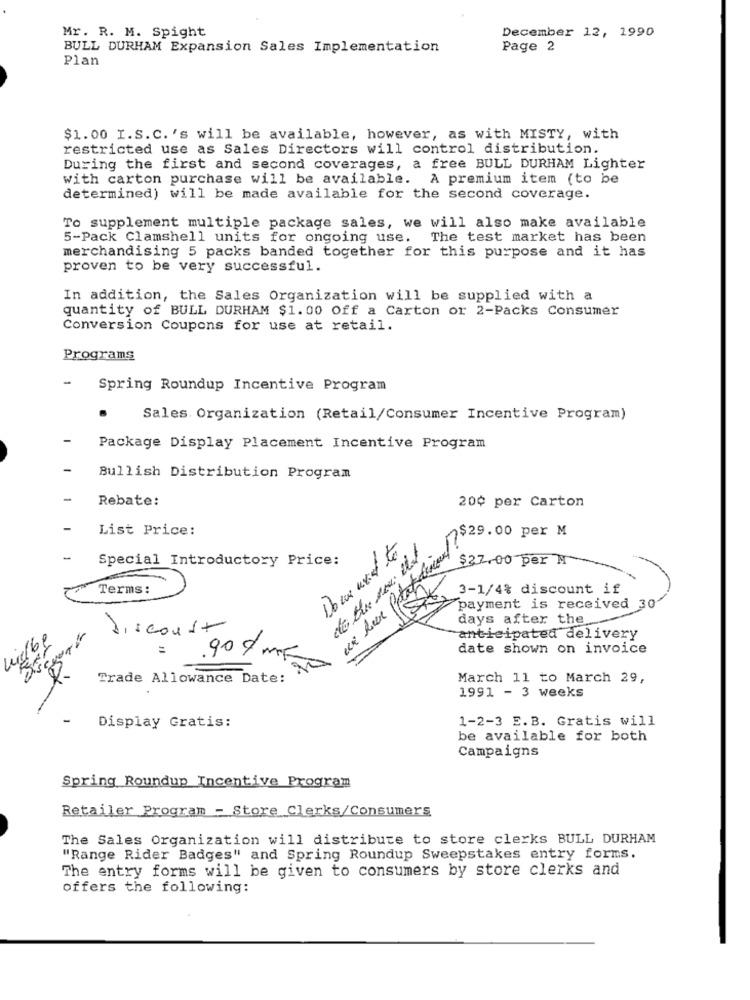
December 12, 1990
Mr. R. M. Spight
BULL DURHAM Expansion Sales Implementation
Page 2
Plan
$1.00 I.S.C. 's will be available, however, as with MISTY, with
restricted use as Sales Directors will control distribution.
During the first and second coverages, a free BULL DURHAM Lighter
with carton purchase will be available. A premium item (to be
determined) will be made available for the second coverage.
To supplement multiple package sales, we will also make available
5-Pack Clamshell units for ongoing use.
The test market has been
merchandising 5 packs banded together for this purpose and it has
proven to be very successful.
In addition, the Sales Organization will be supplied with a
quantity of BULL DURHAM $1.00 Off a Carton or 2-Packs Consumer
Conversion Coupons for use at retail.
Programs
-
Spring Roundup Incentive Program
Sales. Organization (Retail/Consumer Incentive Program)
Package Display Placement Incentive Program
Bullish Distribution Program
Rebate:
20¢ per Carton
List Price:
$29.00 per M
-
Special Introductory Price:
$27.00 per M
Terms:
un har Potat
3-1/4% discount if
payment is received 30-
days after the
Discoust
anticipated delivery
=
.90 0 mm
date shown on invoice
Trade Allowance Date:
March 11 to March 29,
1991 - 3 weeks
1-2-3 E.B. Gratis will
Display Gratis:
be available for both
Campaigns
Spring Roundup Incentive Program
Retailer Program - Store Clerks/Consumers
The Sales Organization will distribute to store clerks BULL DURHAM
"Range Rider Badges" and Spring Roundup Sweepstakes entry forms.
The entry forms will be given to consumers by store clerks and
offers the following: